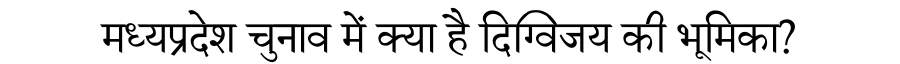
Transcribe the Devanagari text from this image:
मध्यप्रदेश चुनाव में क्या है दिग्विजय की भूमिका?